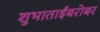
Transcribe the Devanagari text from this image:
शुभाताईंबरोबर